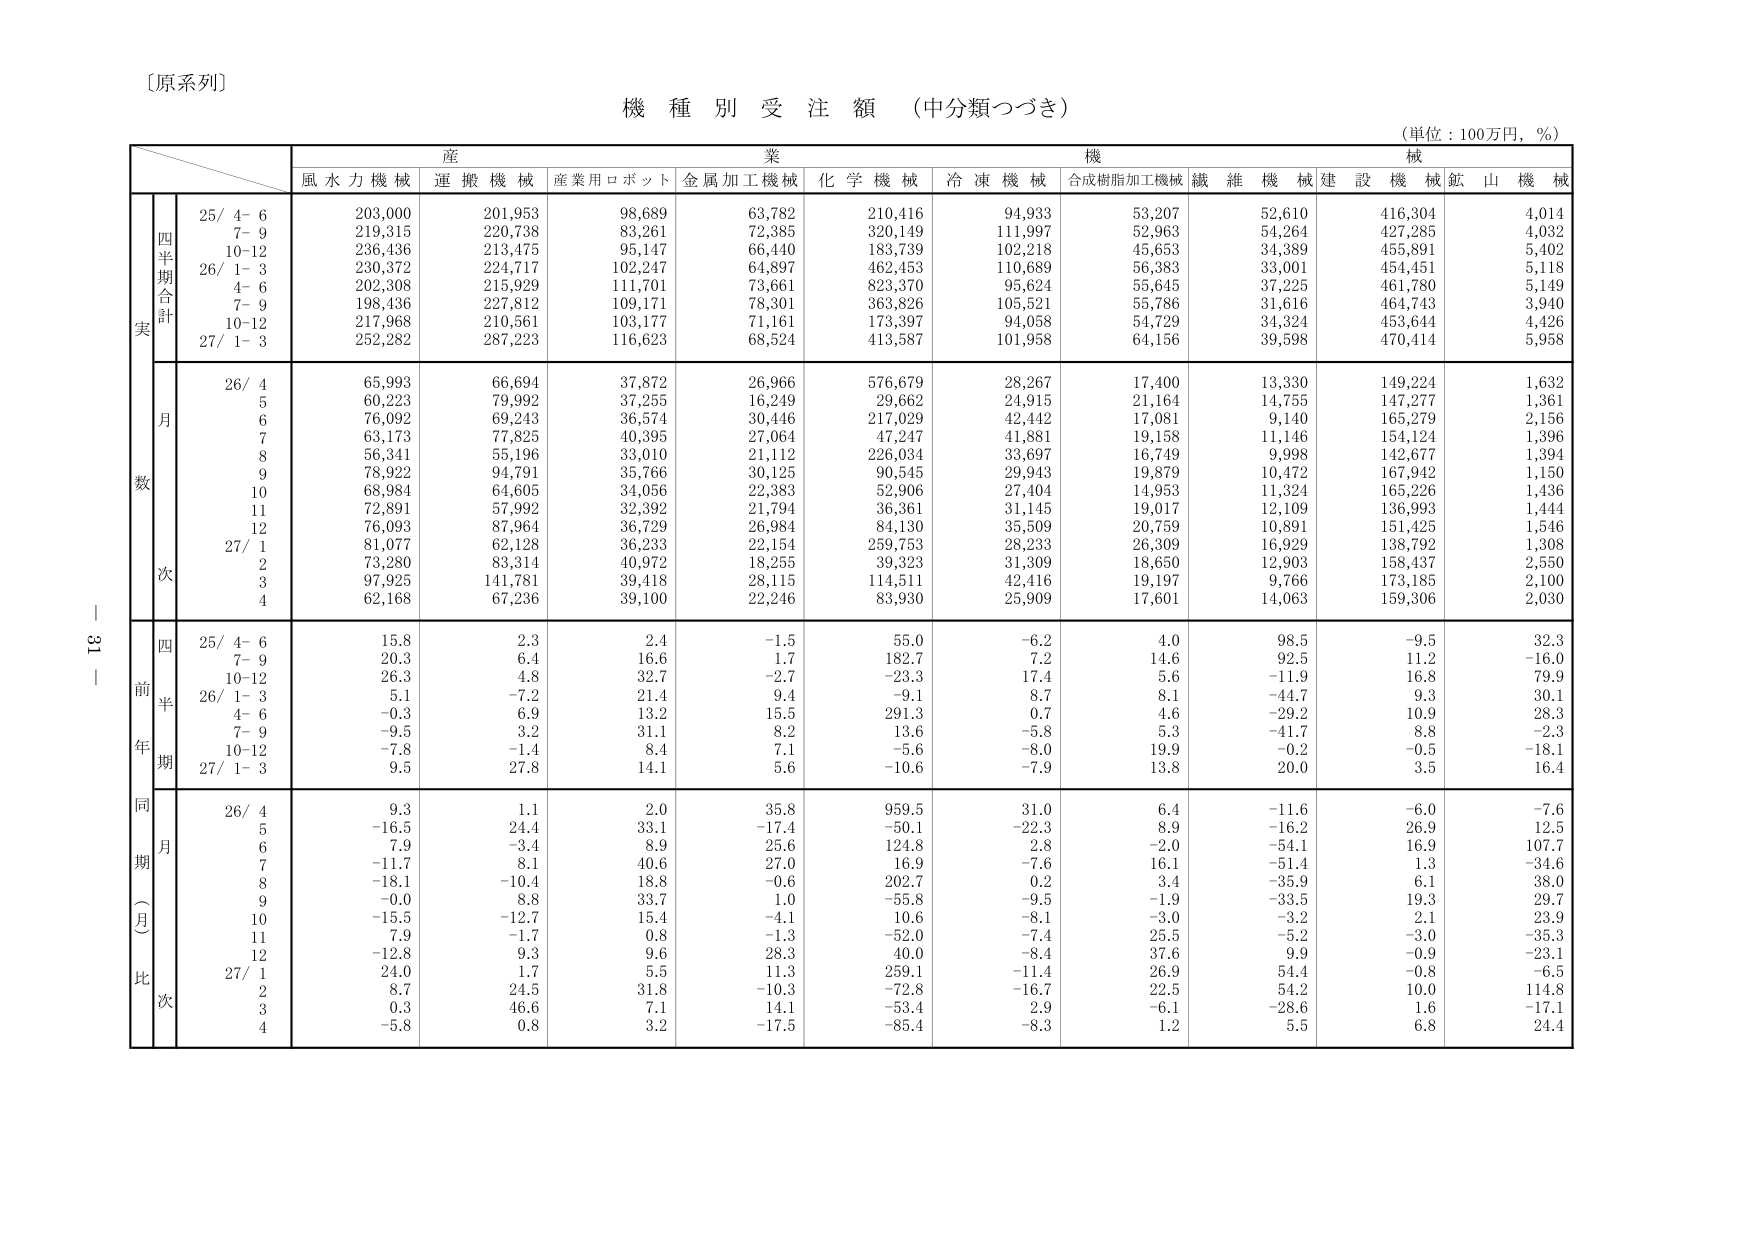
〔原系列〕

機 種 別 受 注 額 （中分類つづき）

（単位：100万円，％）